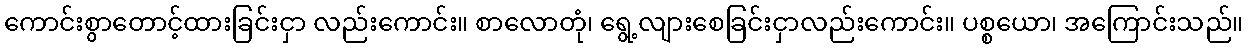
ကောင်းစွာတောင့်ထားခြင်းငှာ လည်းကောင်း။ စာလောတုံ၊ ရွေ့လျားစေခြင်းငှာလည်းကောင်း။ ပစ္စယော၊ အကြောင်းသည်။